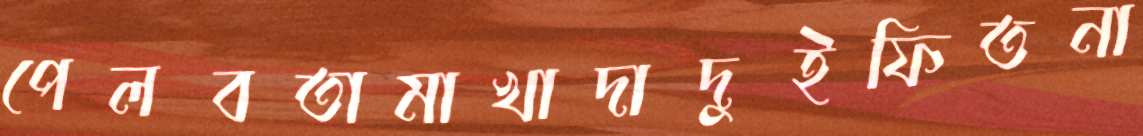
পেলবতামাখাদাদুইফিতনা